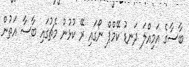
ބާސާގެ އަމިއްލަ ދަނޑު ކޭމްޕް ނޯގައި ރޭ ކުޅުނު މެޗުގައި ބާސާ އަތުން